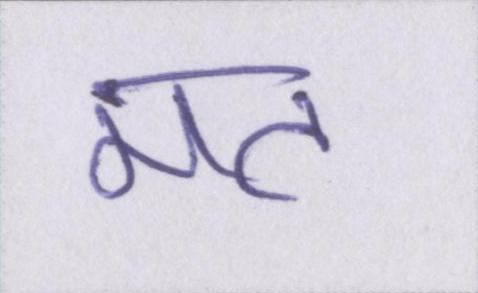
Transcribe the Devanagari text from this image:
मत